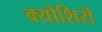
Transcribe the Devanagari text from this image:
क्योशिरो